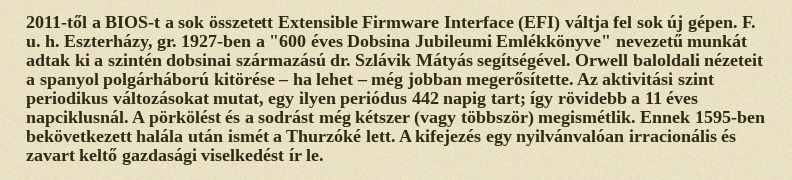
2011-től a BIOS-t a sok összetett Extensible Firmware Interface (EFI) váltja fel sok új gépen. F. u. h. Eszterházy, gr. 1927-ben a "600 éves Dobsina Jubileumi Emlékkönyve" nevezetű munkát adtak ki a szintén dobsinai származású dr. Szlávik Mátyás segítségével. Orwell baloldali nézeteit a spanyol polgárháború kitörése – ha lehet – még jobban megerősítette. Az aktivitási szint periodikus változásokat mutat, egy ilyen periódus 442 napig tart; így rövidebb a 11 éves napciklusnál. A pörkölést és a sodrást még kétszer (vagy többször) megismétlik. Ennek 1595-ben bekövetkezett halála után ismét a Thurzóké lett. A kifejezés egy nyilvánvalóan irracionális és zavart keltő gazdasági viselkedést ír le.